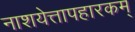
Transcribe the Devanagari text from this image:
नाशयेत्तापहारकम्